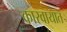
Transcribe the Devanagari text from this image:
कारवायात